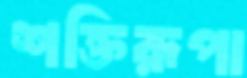
শক্তিরূপা